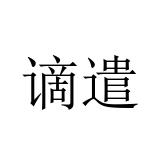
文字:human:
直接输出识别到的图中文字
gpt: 谪遣